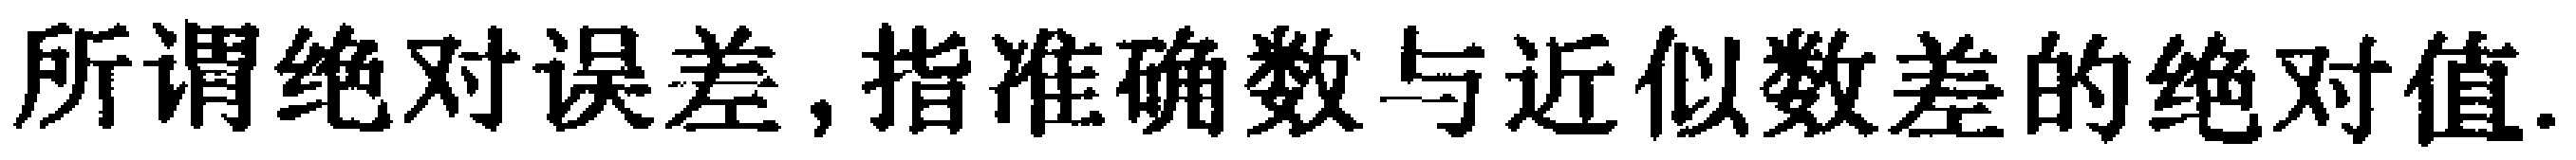
所谓绝对误差,指准确数与近似数差的绝对值.